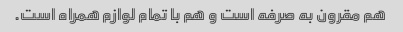
هم مقرون به صرفه است و هم با تمام لوازم همراه است.